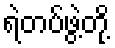
ရဲတပ်ဖွဲ့တို့